Mental hospitals Bombay report 1921-28 - 1921-1928
Year: 1921
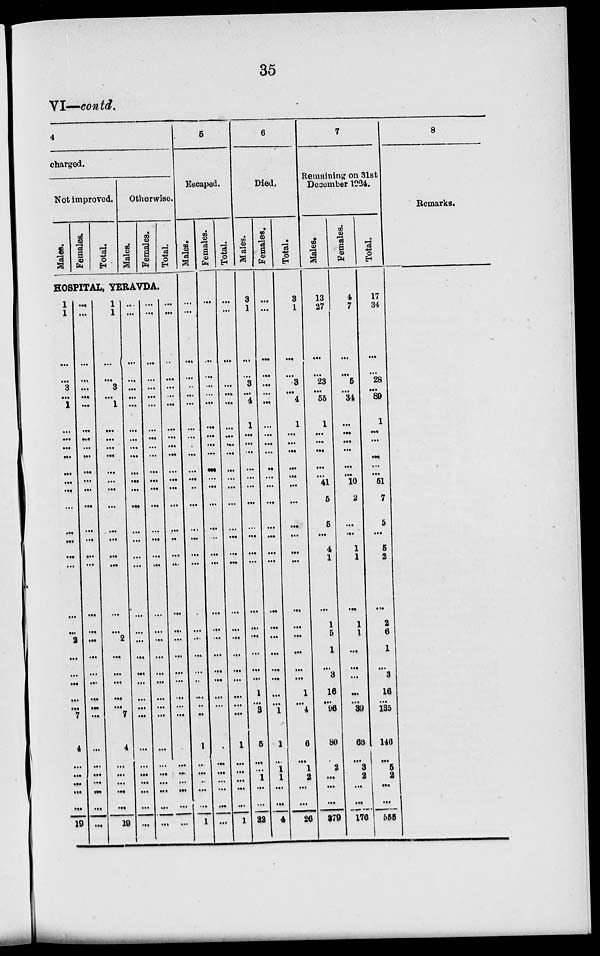
35
VI—contd.
4
charged.
Not improved.
Males.
Females.
Total.
Otherwise.
Males.
Females.
Total.
HOSPITAL, YERAVDA.
1
1
...
...
3
...
1
...
...
...
...
...
...
...
...
...
...
...
...
...
...
2
...
...
...
...
...
7
4
...
...
...
...
...
19
...
...
...
...
...
...
...
...
...
...
...
...
...
...
...
...
...
...
...
...
...
...
...
...
...
...
...
...
...
...
...
...
...
...
...
1
1
...
...
3
...
1
...
...
...
...
...
...
...
...
...
...
...
...
...
...
2
...
...
....
...
... 7
4
...
...
...
...
...
19
...
...
...
...
...
...
...
...
...
...
...
...
...
...
...
...
...
...
...
...
...
...
...
...
...
...
...
...
...
...
...
...
...
...
...
...
...
...
...
...
...
...
...
...
...
...
...
...
...
...
...
...
...
...
...
...
...
...
...
...
...
...
...
...
...
...
...
...
...
...
...
...
...
...
...
...
...
...
...
...
...
...
...
...
...
...
..
...
...
...
...
...
...
...
...
...
...
...
...
...
...
...
...
...
...
5
Escaped.
Males.
...
...
...
...
..
...
...
...
...
...
...
...
...
..
...
...
...
...
...
...
...
...
...
...
...
...
..
...
1
...
...
..
...
...
1
Females.
...
...
...
...
...
...
...
...
...
...
...
...
...
...
...
...
...
...
...
...
...
...
...
...
...
...
...
...
...
...
...
...
...
...
...
Total.
...
...
...
...
...
...
...
...
...
...
...
...
...
...
...
...
...
...
...
...
...
...
...
...
...
...
...
...
1
...
...
...
...
...
1
6
Died.
Males.
3
1
...
...
3
...
4
1
...
...
...
...
...
...
...
...
...
...
...
...
...
...
...
...
...
1
...
3
5
...
...
1
...
...
22
Females.
...
...
...
...
...
...
...
...
...
...
...
...
...
...
...
...
...
...
...
...
...
...
...
...
...
...
...
1
1
...
1
1
...
...
4
Total.
3
1
...
...
3
...
4
1
...
...
...
...
...
...
...
...
...
...
...
...
...
...
...
...
...
1
...
4
6
...
1
2
...
...
26
7
Remaining on 31st
December 1924.
Males.
13
27
...
...
23
...
55
1
...
...
...
...
...
41
5
5
...
4
1
...
1
5
1
...
3
16
...
96
80
...
2
...
...
...
379
Females.
4
7
...
...
5
...
34
...
...
...
...
...
...
10
2
...
...
1
1
...
1
1
...
...
...
...
...
39
66
...
3
2
...
...
176
Total.
17
34
...
...
28
...
89
1
...
...
...
...
...
51
7
5
...
5
2
...
2
6
1
...
3
16
...
135
146
...
5
2
...
...
555
8
Remarks.